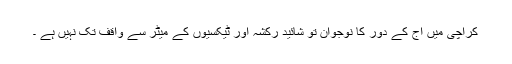
کراچی میں آج کے دور کا نوجوان تو شائید رکشہ اور ٹیکسیوں کے میٹر سے واقف تک نہیں ہے ۔